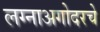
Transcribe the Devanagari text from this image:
लग्नाअगोदरचे